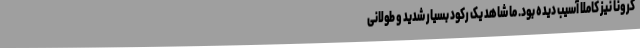
کرونا نیز کاملا آسیب دیده بود. ما شاهد یک رکود بسیار شدید و طولانی